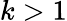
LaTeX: k>1